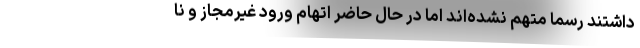
داشتند رسما متهم نشده‌اند اما در حال حاضر اتهام ورود غیرمجاز و نا